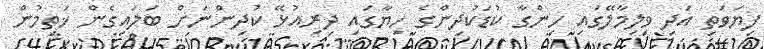
ފިޔަވަތި އަދި ވިލިމާލޭގައި ހިންގާ ކުޑަކުދިންގެ ހިޔާގައި ދިރިއުޅޭ ކުދިންނަށް ބަލައިގެން ޚަތިމުން